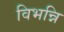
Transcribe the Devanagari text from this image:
विभन्नि